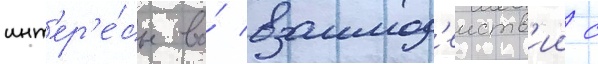
инт'ер'е́сы во́ взаимод'еиств'ии с